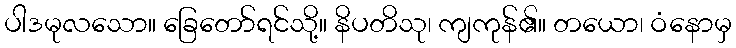
ပါဒမုလသော။ ခြေတော်ရင်သို့။ နိပတိသု၊ ကျကုန်၏။ တယော၊ ဝံနောမှ